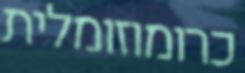
כרומוזומלית